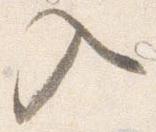
入